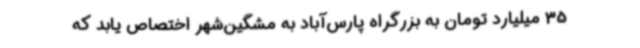
35 میلیارد تومان به بزرگراه پارس‌آباد به مشگین‌شهر اختصاص یابد که